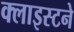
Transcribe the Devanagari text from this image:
क्लाइस्टने